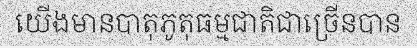
យើងមានបាតុភូតុធម្មជាតិជាច្រើនបាន